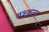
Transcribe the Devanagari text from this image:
बश्कला